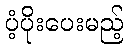
ပံ့ပိုးပေးမည့်